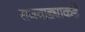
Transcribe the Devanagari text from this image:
राजवाड्याकडे